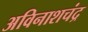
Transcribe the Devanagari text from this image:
अविनाशचंद्र